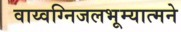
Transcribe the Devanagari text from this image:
वाय्वग्निजलभूम्यात्मने